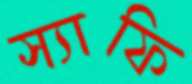
স্যাফি